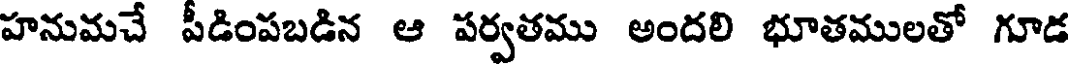
హనుమచే పీడింపబడిన ఆ పర్వతము అందలి భూతములతో గూడ